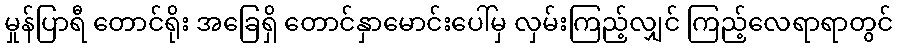
မှုန်ပြာရီ တောင်ရိုး အခြေရှိ တောင်နှာမောင်းပေါ်မှ လှမ်းကြည့်လျှင် ကြည့်လေရာရာတွင်